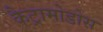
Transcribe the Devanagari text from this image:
कैट्रामोडोस